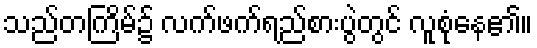
သည်တကြိမ်၌ လက်ဖက်ရည်စားပွဲတွင် လူစုံနေ၏။